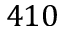
4 1 0